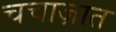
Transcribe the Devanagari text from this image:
चचाज़ात